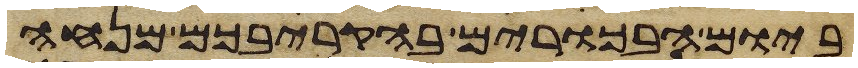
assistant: ביום הבכרים בהקריבכם מנחה